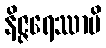
နိဇ္ဇရေဿာမိ